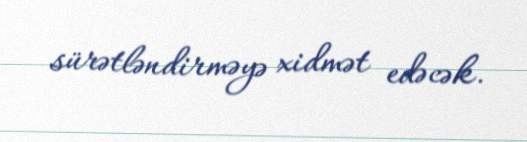
sürətləndirməyə xidmət edəcək.